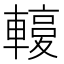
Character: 𨎙